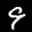
Label: 9